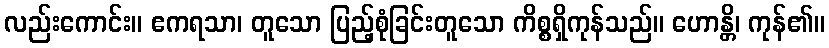
လည်းကောင်း။ ဧကရသာ၊ တူသော ပြည့်စုံခြင်းတူသော ကိစ္စရှိကုန်သည်။ ဟောန္တိ၊ ကုန်၏။